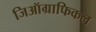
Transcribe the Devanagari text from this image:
जिऑग्राफिकल